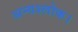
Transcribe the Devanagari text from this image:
अन्यश्लोक।